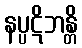
နပ္ပဋိဘန္တိ